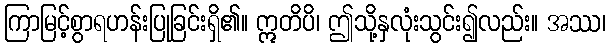
ကြာမြင့်စွာရဟန်းပြုခြင်းရှိ၏။ ဣတိပိ၊ ဤသို့နှလုံးသွင်း၍လည်း။ အဿ၊